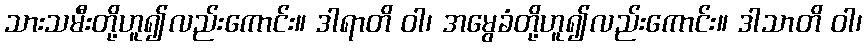
သားသမီးတို့ဟူ၍လည်းကောင်း။ ဒါရာတိ ဝါ၊ အမွေခံတို့ဟူ၍လည်းကောင်း။ ဒါသာတိ ဝါ၊